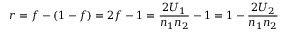
r = f - ( 1 - f ) = 2 f - 1 = { \frac { 2 U _ { 1 } } { n _ { 1 } n _ { 2 } } } - 1 = 1 - { \frac { 2 U _ { 2 } } { n _ { 1 } n _ { 2 } } }